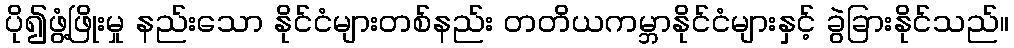
ပို၍ဖွံ့ဖြိုးမှု နည်းသော နိုင်ငံများတစ်နည်း တတိယကမ္ဘာနိုင်ငံများနှင့် ခွဲခြားနိုင်သည်။